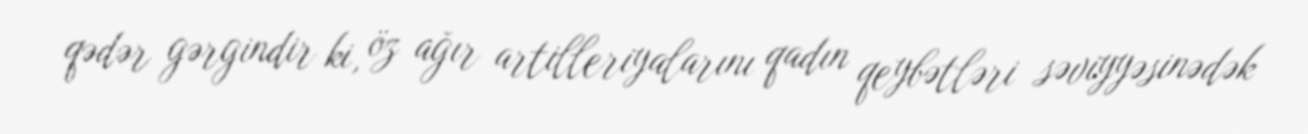
qədər gərgindir ki, öz ağır artilleriyalarını qadın qeybətləri səviyyəsinədək